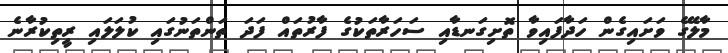
މާލޭގެ ވަށައިގެން ހަދާފައިވާ ތޮށިގަނޑާއި ސަހަރާތަކުގެ ފާރުތައް ފަދަ ތަންތަނުގައި ކުލަލައި ރީތިކުރާނެ